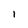
Character: 1